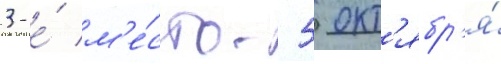
3-е́ м'е́сто. 5 окт'ябр'я́